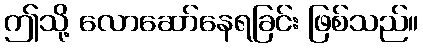
ဤသို့ လောဆော်နေရခြင်း ဖြစ်သည်။